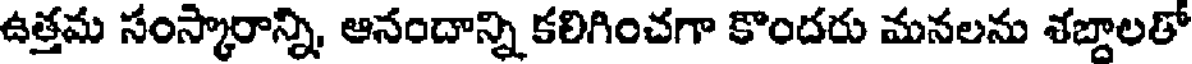
ఉత్తమ సంస్కారాన్ని, ఆనందాన్ని కలిగించగా కొందరు మనలను శబ్దాలతో